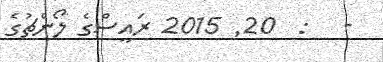
-   :  20